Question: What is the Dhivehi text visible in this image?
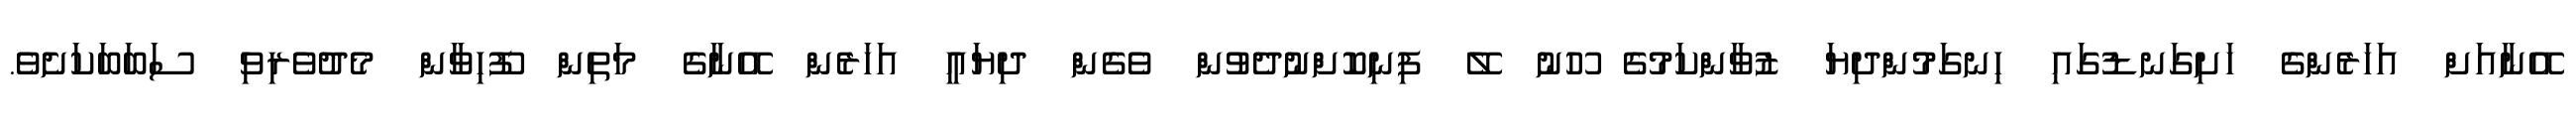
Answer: އޭނާއަށް އަހަރެންގެ ހަށިގަނޑުގައި ހިނގަމުންދިޔަ ޒުވާންކަމުގެ ހޫނު ލޭ ފިނިކޮށްނުދެވުން ވެގެން ދިޔައީ އަހަރެން އޭނާގެ މަތިން ފޫހިވާން މެދުވެރިވި ސަބަބަކަށެވެ.